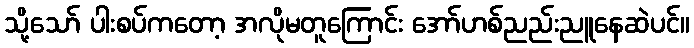
သို့သော် ပါးစပ်ကတော့ အလိုမတူကြောင်း အော်ဟစ်ညည်းညူနေဆဲပင်။